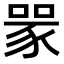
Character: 𧱄